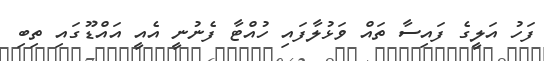
ފަހު އަލީގެ ފައިސާ ތައް ވަޅުލާފައި ހުއްޓާ ފެނުނީ އެއީ އައްޑޫގައި ތިބި